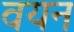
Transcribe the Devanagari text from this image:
वयन